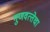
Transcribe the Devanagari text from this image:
गुणवत्‍तेचा